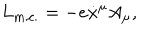
L _ { \textrm { m . c . } } = - e \dot { x } ^ { \mu } A _ { \mu } ,